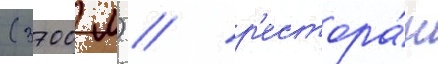
(3700 м) / р'естора́н